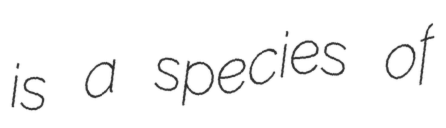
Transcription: is a species of